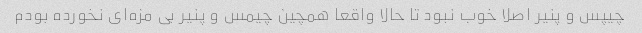
چیپس و پنیر اصلا خوب نبود تا حالا واقعا همچین چیمس و پنیر بی مزه‌ای نخورده بودم